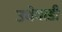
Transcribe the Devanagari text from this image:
उधेवाडी